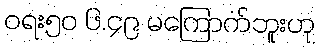
ဝရး၅၀ ၆.၄၉ မကြောက်ဘူးဟု